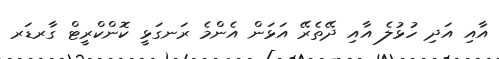
އާއި އަދި ހުޅުލެ އާއި ދޭތެރޭ އަޅަން އެންމެ ރަނގަޅީ ކޮންކްރީޓް ގާރޑަރ